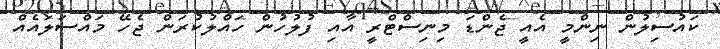
ކައުސިލުން ނިންމީ އެއީ ޖެންޑަ މިނިސްޓްރީ އާއި ފުލުހުން ހައްލުކުރަން ޖެހޭ މައްސަލައެއް